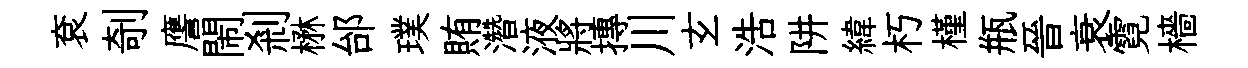
袞剞譍閙剎楙邰璞賄濳液將摶川𤣥浩阱緯朽槿瓶晉衰霓檣